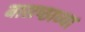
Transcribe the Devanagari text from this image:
बासष्ठाव्या